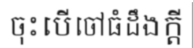
ចុះបើចៅធំដឹងក្តី